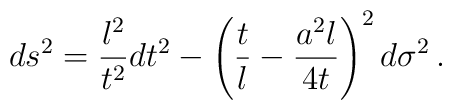
ds^2 =  \frac{l^2}{t^2} dt^2 - \left(\frac tl - \frac{a^2l}{4t}\right)^2 d\sigma^2\,.